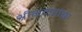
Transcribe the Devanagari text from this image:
श्रीभ्रमरांबा